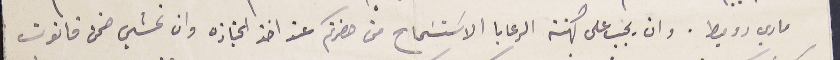
ماري دوميط. وان يجب على كهنة الرعايا الاسَتسَماح من حضرتكم عند اخذ الجنازه وان نمشي ضمن قانون